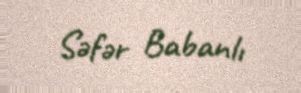
Səfər Babanlı